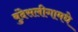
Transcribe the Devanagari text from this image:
बुंदेसलीगामधे